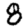
Digit: 8